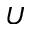
{ \cal U }